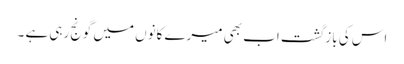
اس کی بازگشت اب بھی میرے کانوں میں گونج رہی ہے ۔